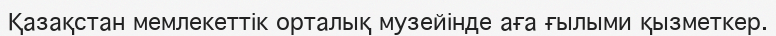
Қазақстан мемлекеттік орталық музейінде аға ғылыми қызметкер.